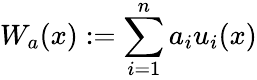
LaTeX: W_{a}(x):=\sum_{i=1}^{n}a_{i}u_{i}(x)